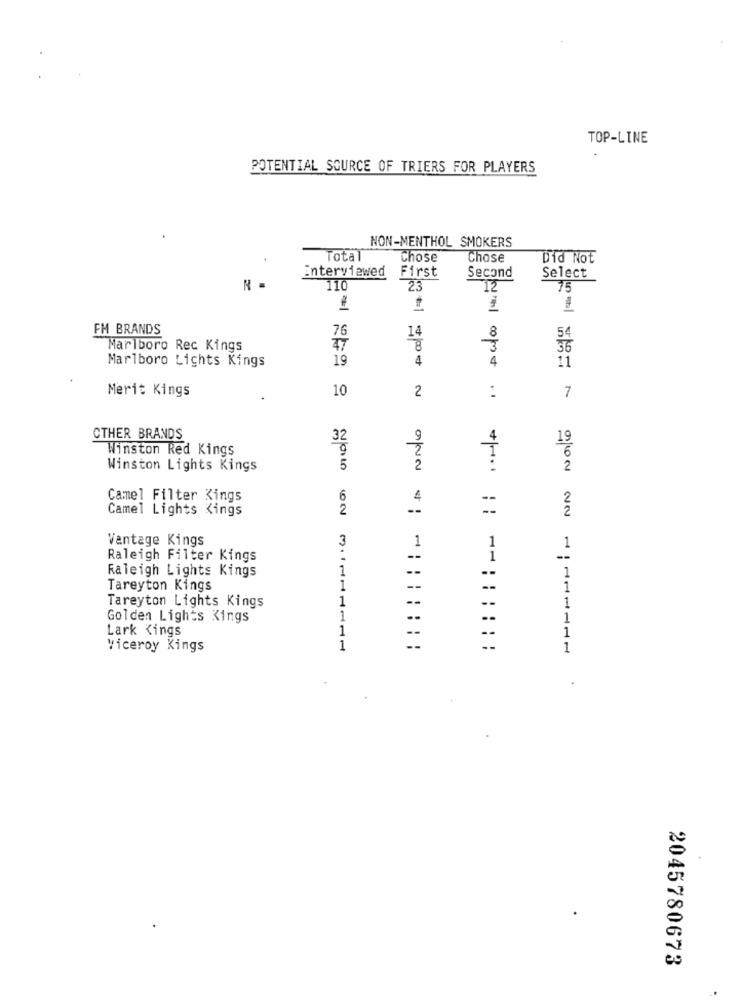
TOP-LINE
POTENTIAL SOURCE OF TRIERS FOR PLAYERS
NON-MENTHOL SMOKERS
Total
Chose
Chose
Did Not
interviewed
Second
First
Select
110
23
12
75
FM BRANDS
76
14
8
54
Marlboro Rec Kings
47
8
3
56
Marlboro Lichts Kings
19
4
4
11
Merit Kings
10
2
7
OTHER BRANDS
32
19
Winston Red Kings
Winston Lights Kings
5
2
2
Camel Filter Kings
6
4
2
Camel Lights Kings
2
2
Vantage Kings
1
1
1
Raleigh Filter Kings
1
Raleigh Lights Kings
--
--
1
Tareyton Kings
3.111
--
--
1
Tareyton Lights Kings
1
--
--
1
Golden Lights Kings
1
1
Lark Kings
1
1
--
--
viceroy Kings
1
--
1
.
2045780673